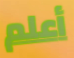
أعلم